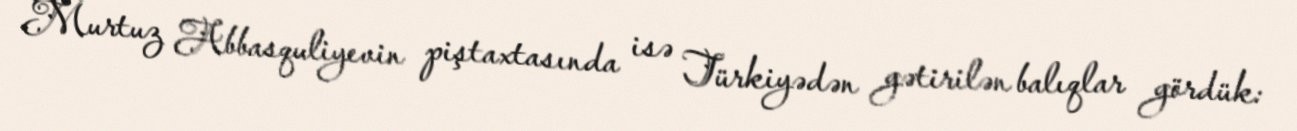
Murtuz Abbasquliyevin piştaxtasında isə Türkiyədən gətirilən balıqlar gördük: